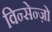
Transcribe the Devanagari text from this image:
विन्सेन्ज़ो